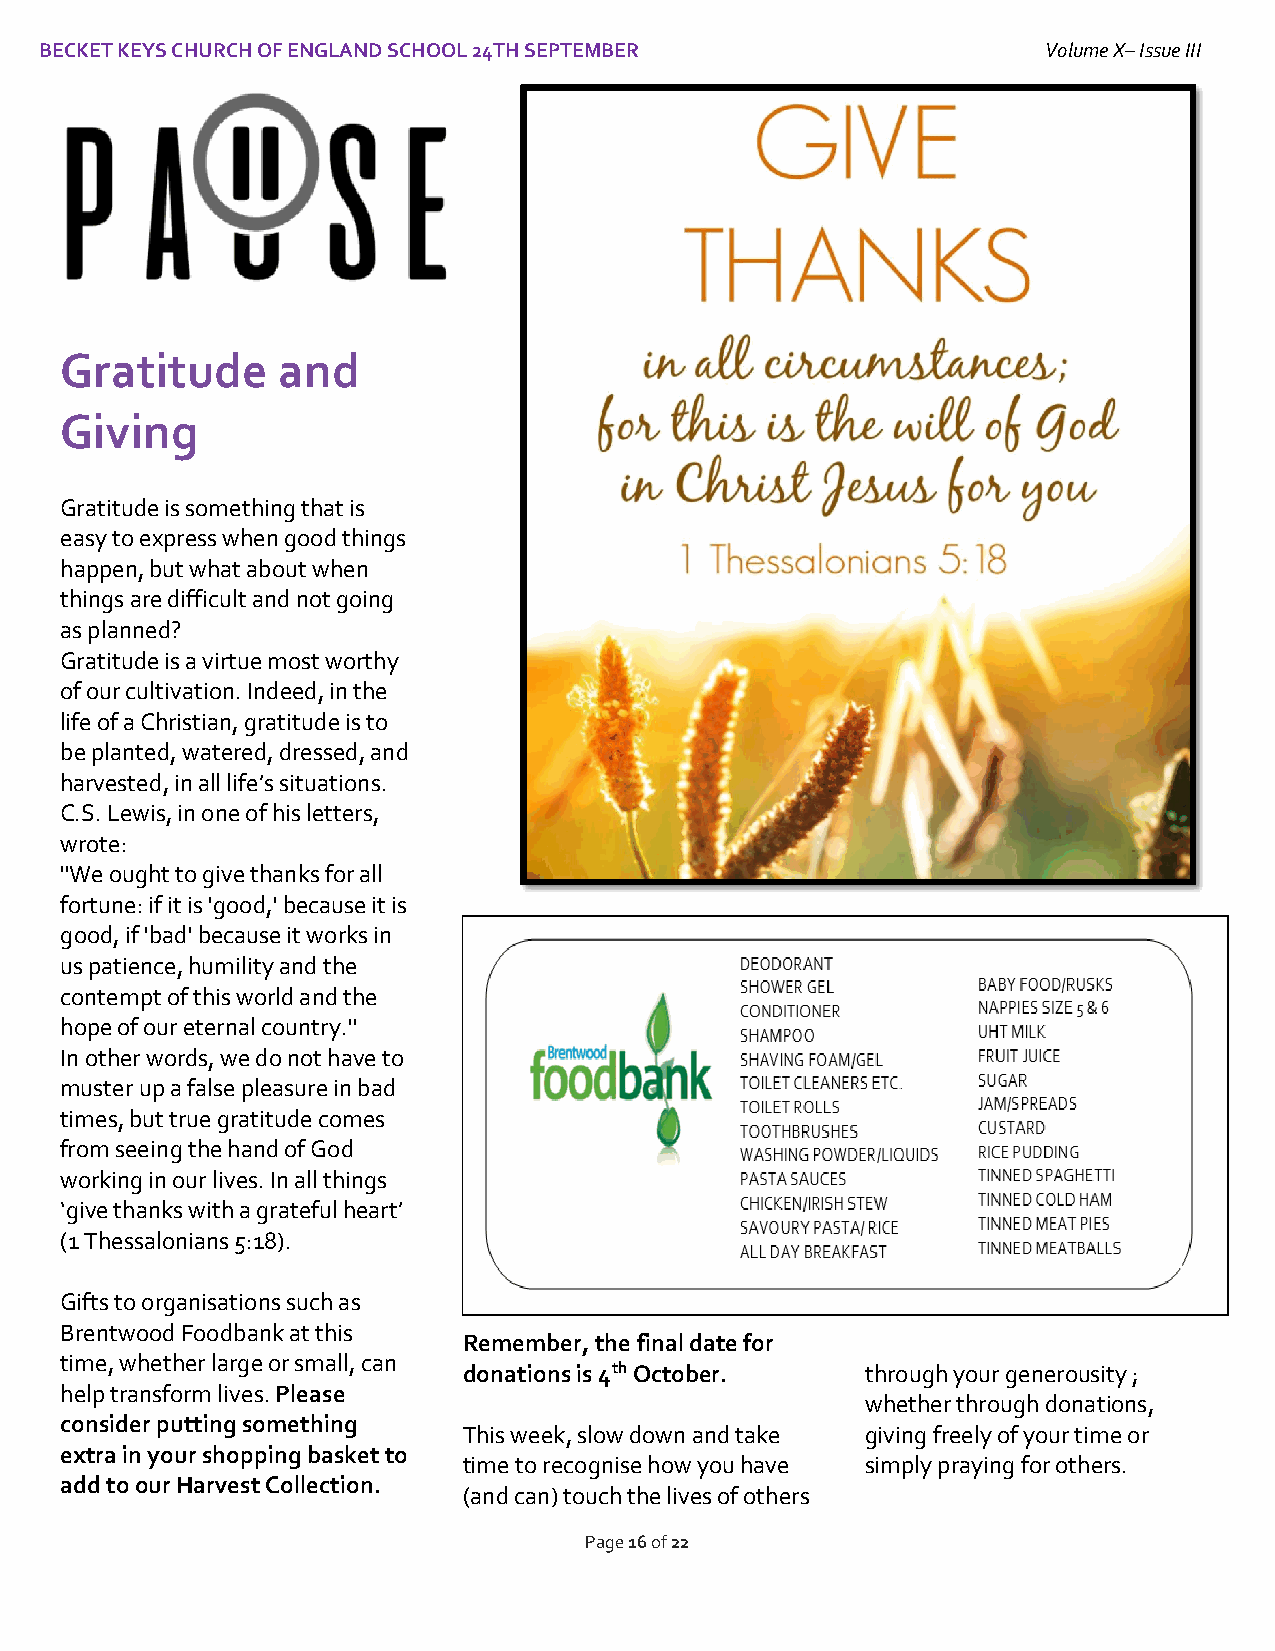
BECKET KEYS CHURCH OF ENGLAND SCHOOL 24TH SEPTEMBER               Volume X– Issue III
 I
 Gratitude     and
 Giving
 Gratitude is something that is
 easy to express when good things
 happen, but what about when
 things are difficult and not going
 as planned?
 Gratitude is a virtue most worthy
 of our cultivation. Indeed, in the
 life of a Christian, gratitude is to
 be planted, watered, dressed, and
 harvested, in all life’s situations.
 C.S. Lewis, in one of his letters,
 wrote:
 "We ought to give thanks for all
 fortune: if it is 'good,' because it is
 good, if 'bad' because it works in
 us patience, humility and the
 contempt of this world and the
 hope of our eternal country."
 In other words, we do not have to
 muster up a false pleasure in bad
 times, but true gratitude comes
 from seeing the hand of God
 working in our lives. In all things
 ‘give thanks with a grateful heart’
 (1 Thessalonians 5:18).
 Gifts to organisations such as
 Brentwood Foodbank at this
 Remember, the final date for
 time, whether large or small, can
 donations is 4th October. through your generousity ;
 help transform lives. Please
 whether through donations,
 consider putting something
 This week, slow down and take giving freely of your time or
 extra in your shopping basket to
 time to recognise how you have simply praying for others.
 add to our Harvest Collection.
 (and can) touch the lives of others
 Page 16 of 22